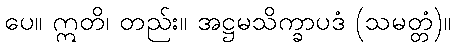
ပေ။ ဣတိ၊ တည်း။ အဋ္ဌမသိက္ခာပဒံ (သမတ္တံ)။